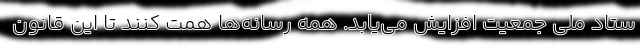
ستاد ملی جمعیت افزایش می‌یابد. همه رسانه‌ها همت کنند تا این قانون